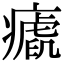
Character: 𤺝